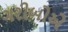
ગરીબોએ